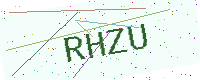
Text: RHZU